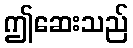
ဤဆေးသည်